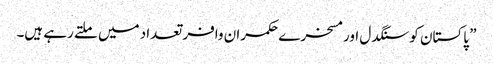
” پاکستان کو سنگدل اور مسخرے حکمران وافر تعداد میں ملتے رہے ہیں۔